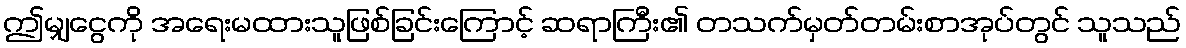
ဤမျှငွေကို အရေးမထားသူဖြစ်ခြင်းကြောင့် ဆရာကြီး၏ တသက်မှတ်တမ်းစာအုပ်တွင် သူသည်